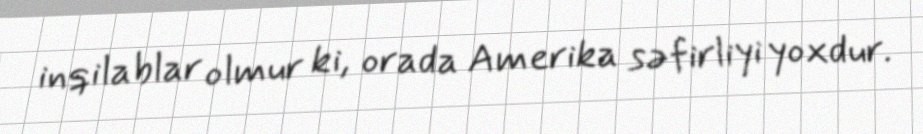
inqilablar olmur ki, orada Amerika səfirliyi yoxdur.